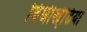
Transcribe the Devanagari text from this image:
बिधीखेडि़या